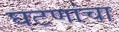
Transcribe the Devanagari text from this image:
घटणांचा